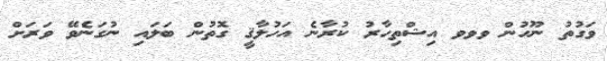
ވަގުތު ނޫހުން ވވވ އިޝްތިހާރު ކުރާނެ އަހުލާޤީ ގޮތުން ބަލައި ނުގަނެވޭ ވަރަށް